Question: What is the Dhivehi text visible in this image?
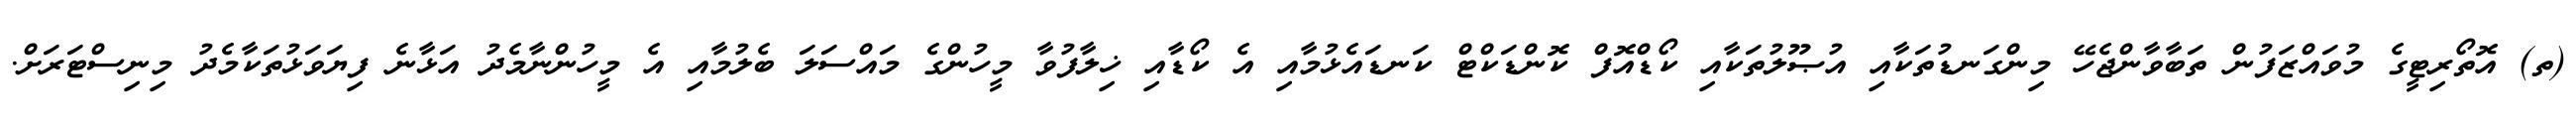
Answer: (ތ) އޮތޯރިޓީގެ މުވައްޒަފުން ތަބާވާންޖެހޭ މިންގަނޑުތަކާއި އުޞޫލުތަކާއި ކޯޑްއޮފް ކޮންޑަކްޓް ކަނޑައެޅުމާއި އެ ކޯޑާއި ޚިލާފުވާ މީހުންގެ މައްސަލަ ބެލުމާއި އެ މީހުންނާމެދު އަޅާނެ ފިޔަވަޅުތަކާމެދު މިނިސްޓަރަށް.